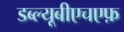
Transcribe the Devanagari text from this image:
डब्ल्यूबीएचएफ़